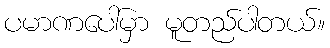
ပမာဏပေါ်မှာ မူတည်ပါတယ်။